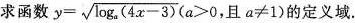
求函数 $$y= \sqrt{(4x-3)}(a>0, 且α≠1)$$ 的定义域。